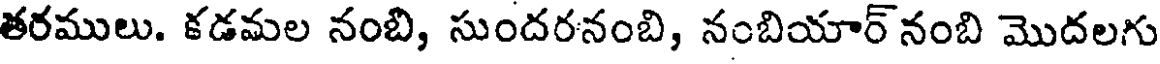
తరములు. కడమల నంబి, సుందరనంబి, నంబియార్ నంబి మొదలగు